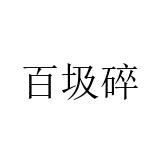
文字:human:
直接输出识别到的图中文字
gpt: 百圾碎